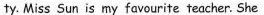
ty. Miss Sun is my favourite teacher. She